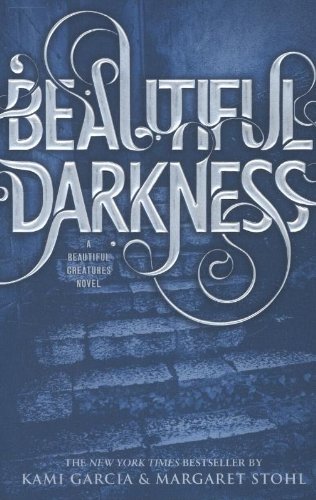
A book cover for Beautiful Darkness (Beautiful Creatures); Kami Garcia; Teen & Young Adult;